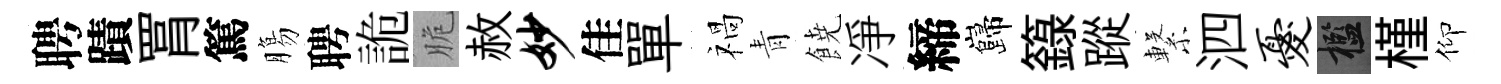
聘蹟罥篤膓聘詭脆赦妙佳單禍青𩜙凈締巋籙蹤繋泗忧檻槿仰